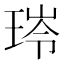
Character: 𮴟